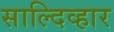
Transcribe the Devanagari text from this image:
साल्दिव्हार